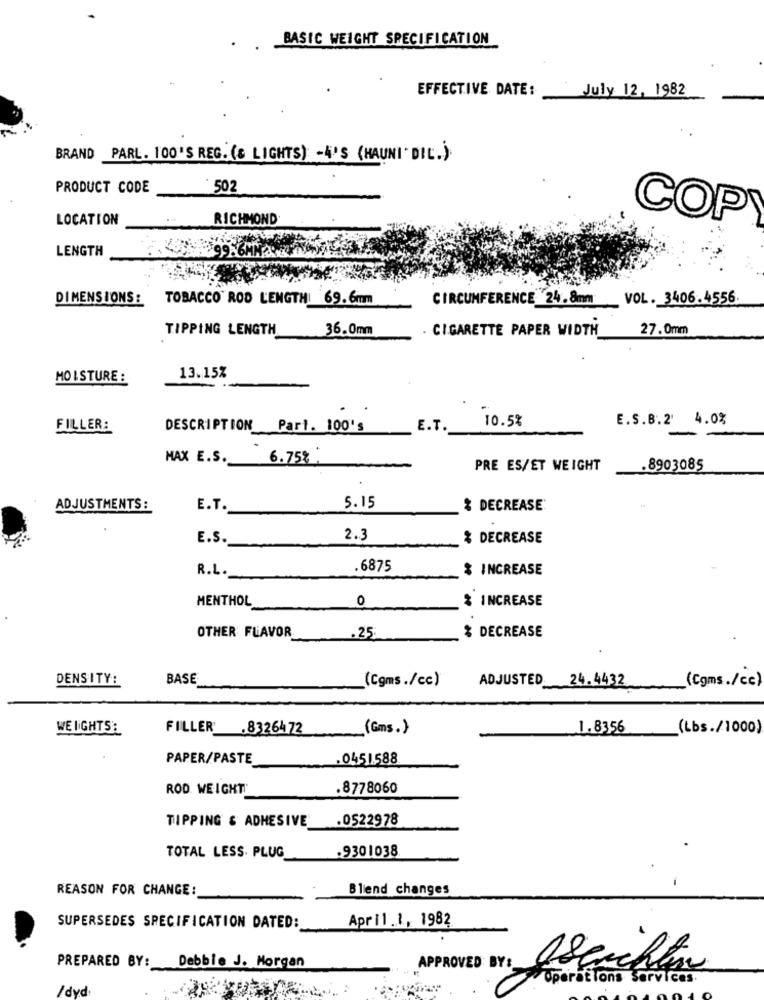
BASIC WEIGHT SPECIFICATION
EFFECTIVE DATE: July 12, 1982
BRAND PARL. 100'S REG. (& LIGHTS): - 4'S (HAUNI DIL.).
PRODUCT CODE
502
LOCATION
RICHMOND
COP
LENGTH
DIMENSIONS :
TOBACCO' ROD LENGTHI 69.6mm
CIRCUMFERENCE 24.8mm VOL. 3406.4556.
TIPPING LENGTH
36.0mm
. CIGARETTE PAPER WIDTH
27.0mm
13.15%
MOISTURE :
10.5%
E.S.B.2' 4.0%
FILLER:
DESCRIPTION Part. 100's
E.T.
MAX E.S.
6.75%
PRE ES/ET WEIGHT
.8903085
ADJUSTMENTS :
E.T.
5.15
% DECREASE
E.S.
2.3
% DECREASE
R.L.
.6875
$ INCREASE
MENTHOL
0
% INCREASE
OTHER FLAVOR
.25
% DECREASE
DENSITY:
BASE
(Cgms./cc)
ADJUSTED 24. 4432
(Cgms./cc)
WE LIGHTS:
FILLER .8326472
(Gms. )
1.8356
(Lbs./1000)
PAPER/PASTE_
.0451588
ROD. WEIGHT"
.8778060
.0522978
TIPPING & ADHESIVE
TOTAL LESS. PLUG
.9301038
REASON FOR CHANGE:
Blend changes
April.1, 1982
SUPERSEDES SPECIFICATION DATED:
PREPARED BY: Debbie J. Morgan
APPROVED BY:
Operations Services.
/dyd